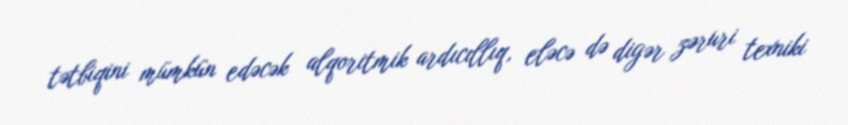
tətbiqini mümkün edəcək alqoritmik ardıcıllıq, eləcə də digər zəruri texniki